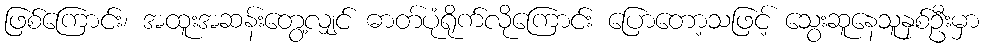
ဖြစ်ကြောင်း၊ အထူးအဆန်းတွေ့လျှင် ဓာတ်ပုံရိုက်လိုကြောင်း ပြောတော့သဖြင့် သွေးဆူနေသူနှစ်ဦးမှာ